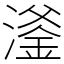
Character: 㵚